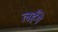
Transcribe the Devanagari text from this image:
लहँगे